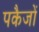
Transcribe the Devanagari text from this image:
पकैजों